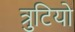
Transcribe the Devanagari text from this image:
त्रुटियो